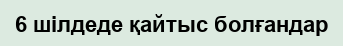
6 шілдеде қайтыс болғандар